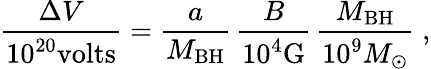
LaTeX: {\frac{\Delta V}{10^{20}\mathrm{volts}}}={\frac{a}{M_{\mathrm{BH}}}}\, {\frac{B}{10^{4}\mathrm{G}}}\, {\frac{M_{\mathrm{BH}}}{10^{9}M_{\odot}}}\; ,